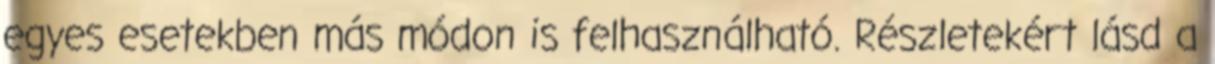
egyes esetekben más módon is felhasználható. Részletekért lásd a